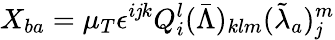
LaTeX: X_{ba}=\mu_{T}\epsilon^{i\mathit{j}k}Q_{i}^{l}(\bar{{\Lambda}})_{klm}(\tilde{{\lambda}}_{a})_{\mathit{j}}^{m}